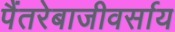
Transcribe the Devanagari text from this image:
पैंतरेबाजीवर्साय